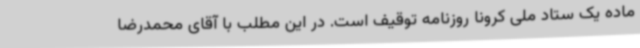
ماده یک ستاد ملی کرونا روزنامه توقیف است. در این مطلب با آقای محمدرضا